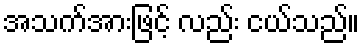
အသက်အားဖြင့် လည်း ငယ်သည်။